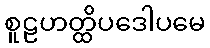
စူဠဟတ္ထိပဒေါပမေ